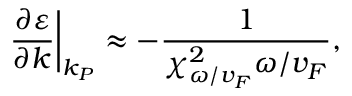
\left. \frac { \partial \varepsilon } { \partial k } \right\vert _ { k _ { P } } \approx - \frac { 1 } { \chi _ { \omega / v _ { F } } ^ { 2 } \omega / v _ { F } } ,